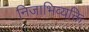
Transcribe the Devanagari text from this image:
निजाभिव्यक्ति